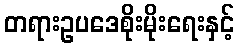
တရားဥပဒေစိုးမိုးရေးနှင့်